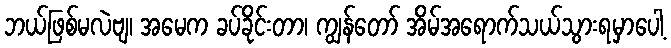
ဘယ်ဖြစ်မလဲဗျ၊ အမေက ခပ်ခိုင်းတာ၊ ကျွန်တော် အိမ်အရောက်သယ်သွားရမှာပေါ့